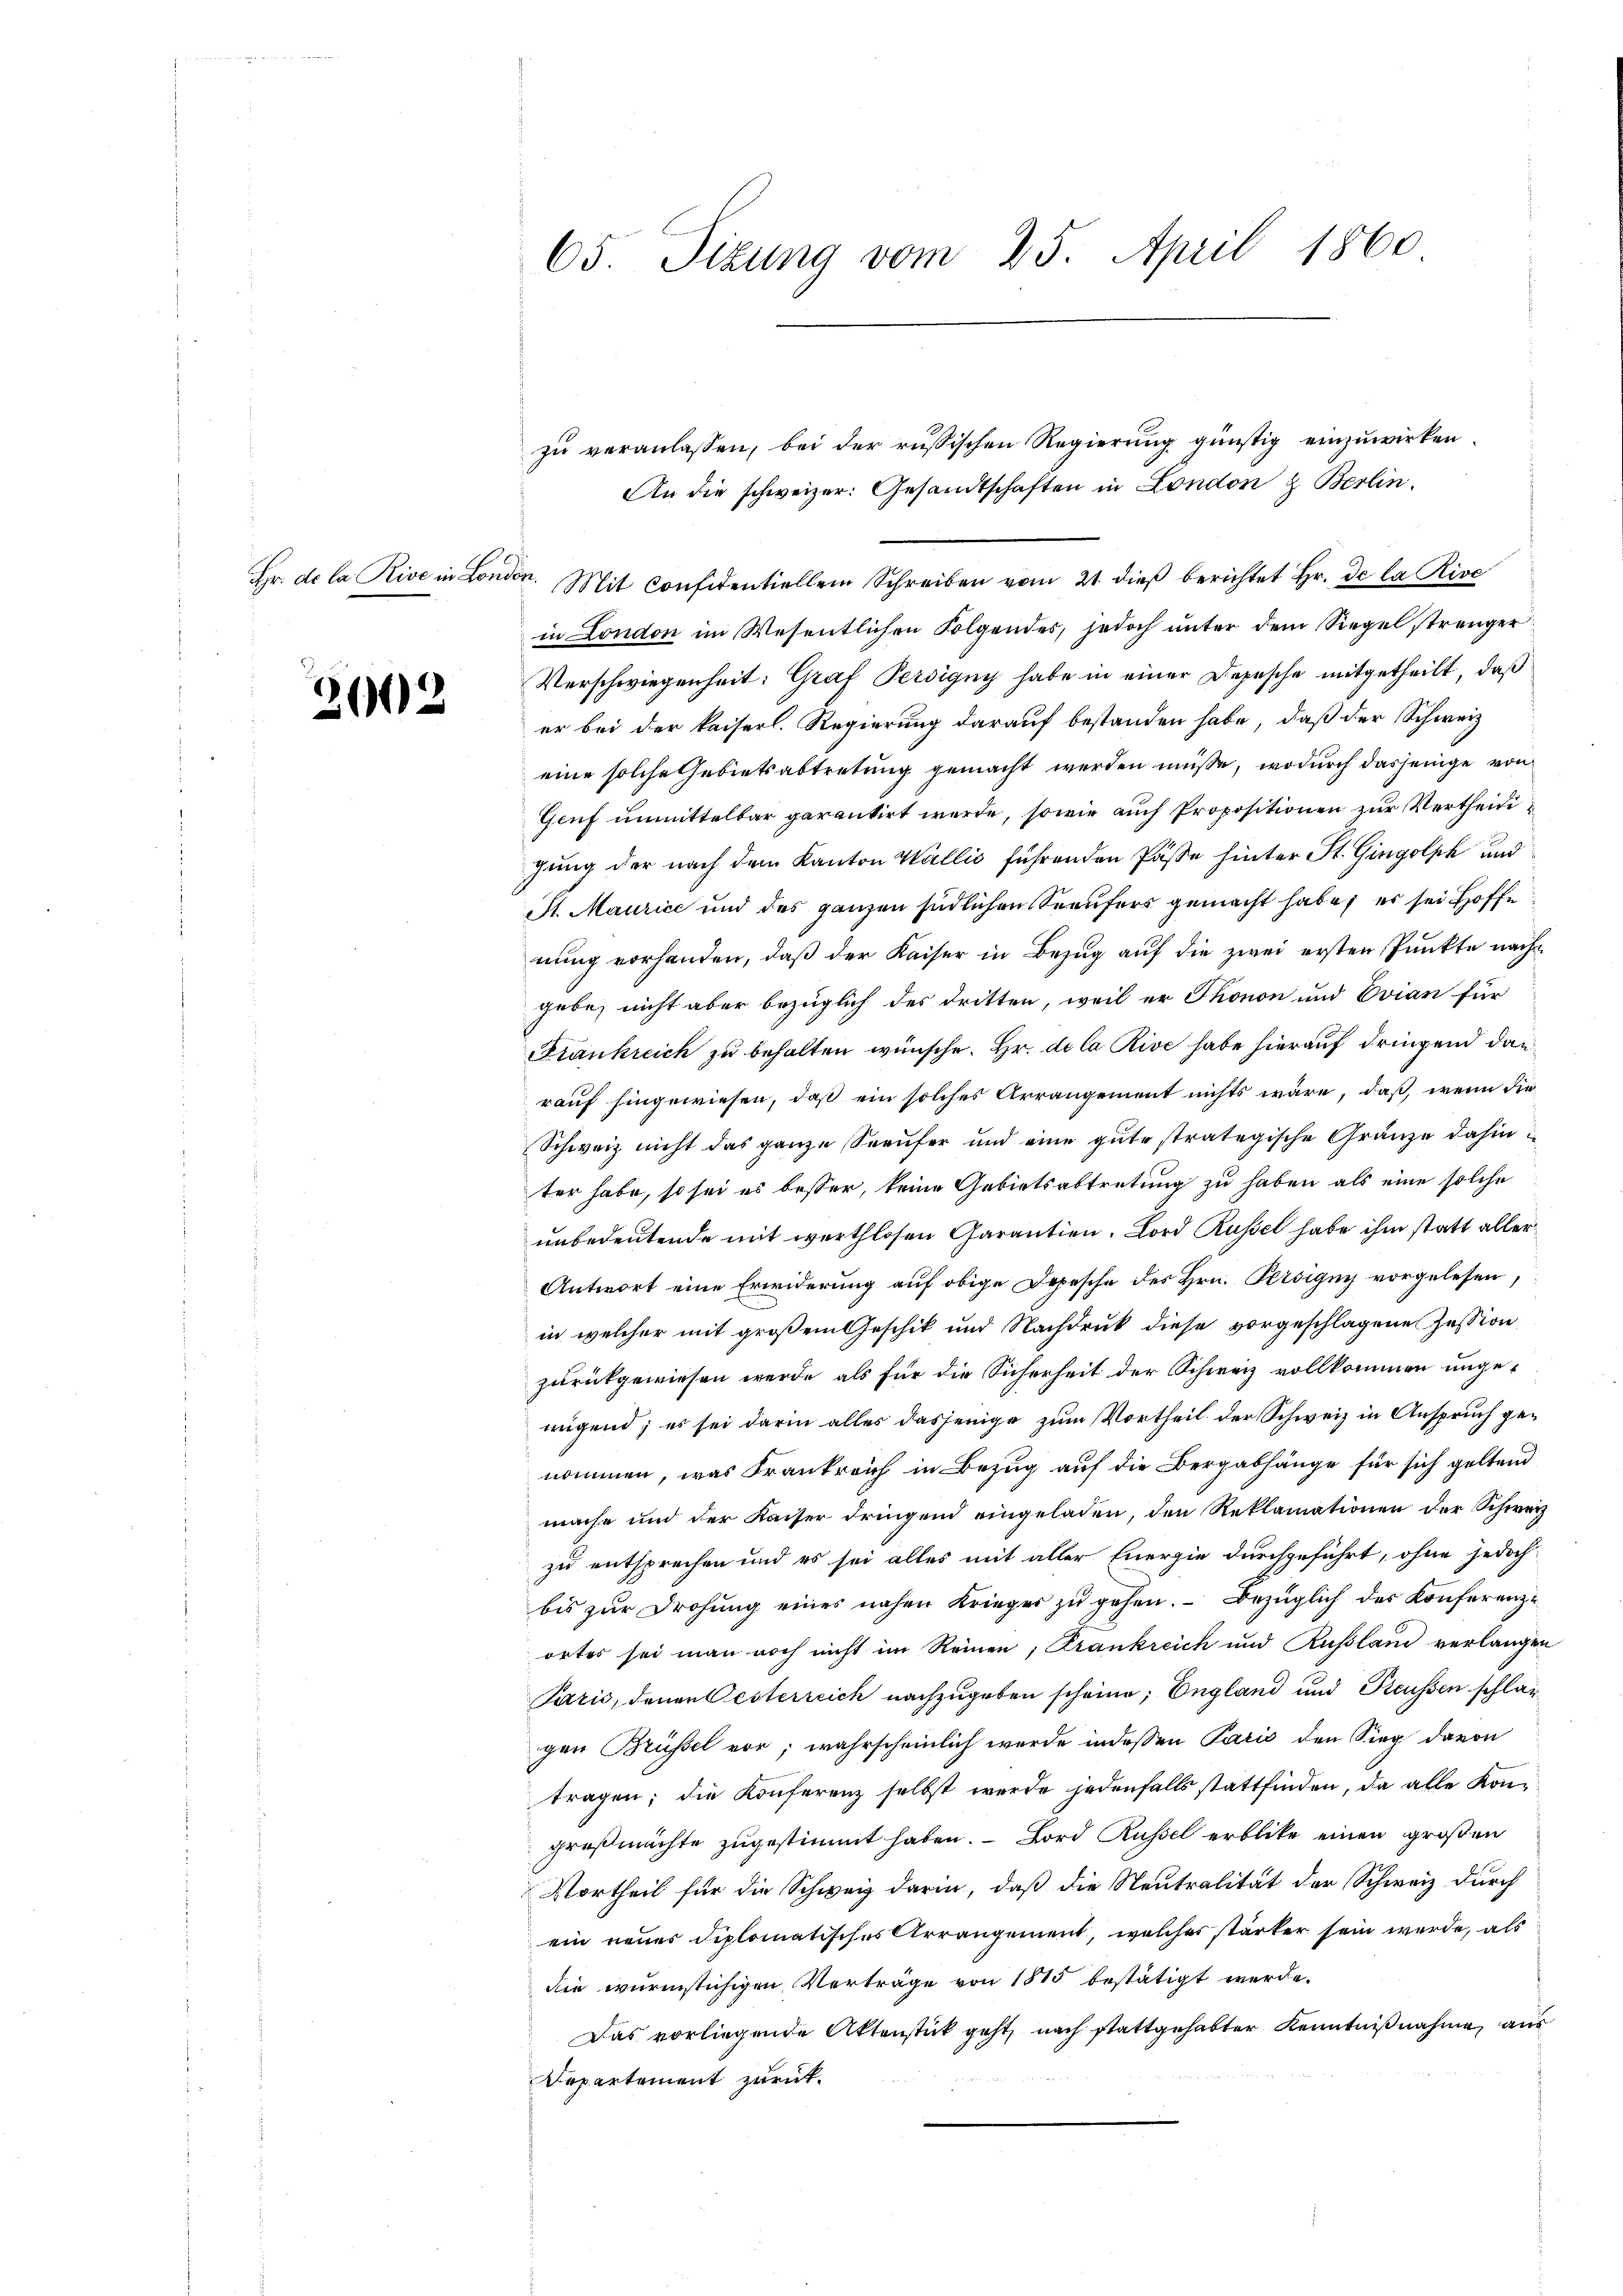
Hr. de la Rive in London.

3002

65 Sizung vom 25. April 1860

zu veranlassen, bei der russischen Regierung günstig einzuwirken
An die schweizer: Gesandtschaften in London & Berlin.
Mit Confidentiellem Schreiben vom 21. dieß berichtet Hr. de la Rive
in London im Wesentlichen Folgendes, jedoch unter dem Siegel strenger
Verschwiegenheit: Graf Persigny habe in einer Depesche mitgetheilt, daß
er bei der kaiserl. Regierung darauf bestanden habe, daß der Schweiz
eine solche Gebietsabtretung gemacht werden müsse, wodurch dasjenige von
Genf unmittelbar garantirt werde, sowie auch Propositionen zur Vertheile
gung der nach dem Kanton Wallis führenden Pässe hinter St. Gingolph und
St. Maurice und des ganzen südlichen Seeufers gemacht habe; es sei Hoffe
nung vorhanden, daß der Kaiser in Bezug auf die zwei ersten Punkte nachgebe, nicht aber bezüglich des dritten, weil er Thonon und Evian für
Frankreich zu behalten wünsche. Hr. de la Rive habe hierauf dringend dan
rauf hingewiesen, daß ein solches Arrangement nichts wäre, daß, wenn die
Schweiz nicht das ganze Seeufer und eine gute strategische Gränze dahin
ter habe, so sei es besser, keine Gebietsabtretung zu haben als eine solche
unbedeutende mit werthlosen Garantien. Lord Russel habe ihm statt aller¬
Antwort eine Erwiderung auf obige Depesche des Hrn. Persigny vorgelesen
in welcher mit großem Geschik und Nachdruk diese vorgeschlagene Zession
zurückgewiesen werde, als für die Sicherheit der Schweiz vollkommen unge-
nügend; es sei darin alles dasjenige zum Vortheil der Schweiz in Anspruch genommen, was Frankreich in Bezug auf die Bergabhänge für sich geltend
mache und der Kaiser dringend eingeladen, den Reklamationen der Schweiz
zu entsprechen und es sei alles mit aller Energie durchgeführt, ohne jedoch
bis zur Drohung eines nahen Krieges zu gehen. Bezüglich des Konferenzortes sei man noch nicht im Reinen, Frankreich und Russland verlangen
Paris, denen Oesterreich nachzugeben scheine; England und Preussen schlag
gen Brüssel vor; wahrscheinlich wurde indessen Paris den Sieg davon
tragen; die Konferenz selbst werde jedenfalls stattfinden, da alle Kon-
großmachte zugestimmt haben. — Lord Russel erblicke einen großen
Vortheil für die Schweiz darin, daß die Neutralität der Schweiz durch
ein neues diplomatisches Arrangement, welches stärker sein werde, als
die wurmstichigen Verträge von 1815 bestätigt werde.
Das vorliegende Aktenstück geht, nach stattgehabter Kenntnißnahme, aus
Departement zurück.